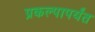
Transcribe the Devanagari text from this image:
प्रकल्पापर्यंत